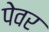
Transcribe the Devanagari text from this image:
पेवर